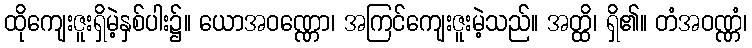
ထိုကျေးဇူးရှိမဲ့နှစ်ပါး၌။ ယောအဝဏ္ဏော၊ အကြင်ကျေးဇူးမဲ့သည်။ အတ္ထိ၊ ရှိ၏။ တံအဝဏ္ဏံ၊